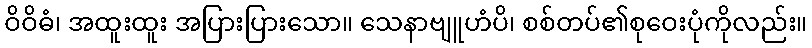
ဝိဝိဓံ၊ အထူးထူး အပြားပြားသော။ သေနာဗျူဟံပိ၊ စစ်တပ်၏စုဝေးပုံကိုလည်း။